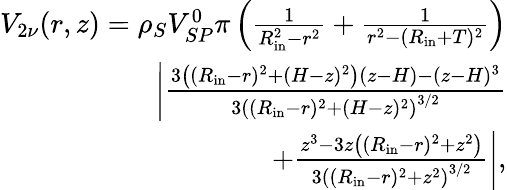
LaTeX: \begin{array}{r}{V_{2\nu}(r,z)=\rho_{S}V_{SP}^{0}\pi\left(\frac{1}{R_{\mathrm{in}}^{2}-r^{2}}+\frac{1}{r^{2}-(R_{\mathrm{in}}+T)^{2}}\right)}\\ {\bigg\lvert\frac{3\left((R_{\mathrm{in}}-r)^{2}+(H-z)^{2}\right)(z-H)-(z-H)^{3}}{3\left((R_{\mathrm{in}}-r)^{2}+(H-z)^{2}\right)^{3/2}}}\\ {+\frac{z^{3}-3z\left((R_{\mathrm{in}}-r)^{2}+z^{2}\right)}{3\left((R_{\mathrm{in}}-r)^{2}+z^{2}\right)^{3/2}}\bigg\rvert,}\end{array}